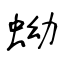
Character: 蚴